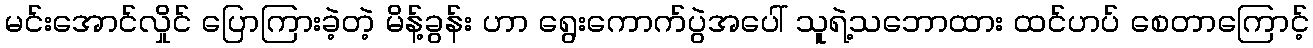
မင်းအောင်လှိုင် ပြောကြားခဲ့တဲ့ မိန့်ခွန်း ဟာ ရွေးကောက်ပွဲအပေါ် သူရဲ့သဘောထား ထင်ဟပ် စေတာကြောင့်